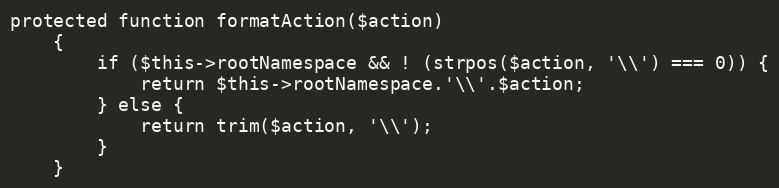
Language: PHP
protected function formatAction($action)
    {
        if ($this->rootNamespace && ! (strpos($action, '\\') === 0)) {
            return $this->rootNamespace.'\\'.$action;
        } else {
            return trim($action, '\\');
        }
    }